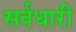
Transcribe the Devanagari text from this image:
सर्वधारी